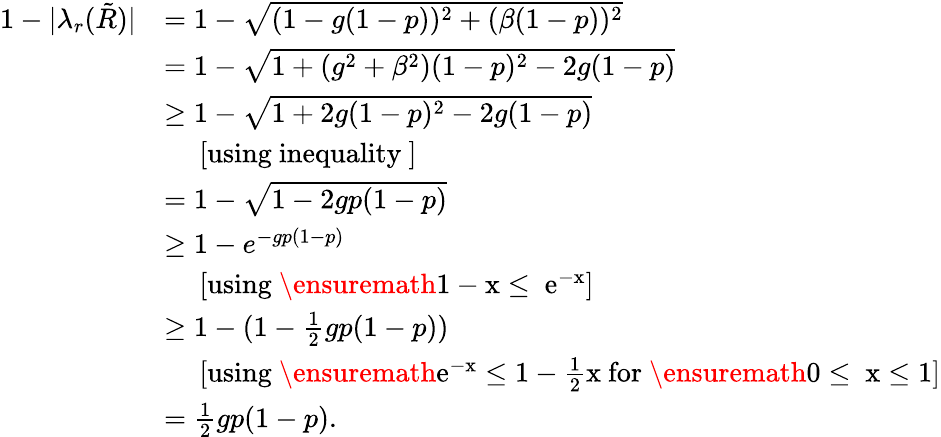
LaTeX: \begin{array}{rl}{1-|\lambda_{r}(\tilde{R})|}&{=1-\sqrt{(1-g(1-p))^{2}+(\beta(1-p))^{2}}}\\ &{=1-\sqrt{1+(g^{2}+\beta^{2})(1-p)^{2}-2g(1-p)}}\\ &{\geq 1-\sqrt{1+2g(1-p)^{2}-2g(1-p)}}\\ &{\ \ \ \ \ \mathrm{[using~inequality~]}}\\ &{=1-\sqrt{1-2gp(1-p)}}\\ &{\geq 1-e^{-gp(1-p)}}\\ &{\ \ \ \ \ \mathrm{[using~\ensuremath{1-x\leq~e^{-x}}]}}\\ &{\geq 1-(1-\frac{1}{2}gp(1-p))}\\ &{\ \ \ \ \ \mathrm{[using~\ensuremath{e^{-x}\leq 1-\frac{1}{2}x}~for~\ensuremath{0\leq~x\leq 1}]}}\\ &{=\frac{1}{2}gp(1-p).}\end{array}